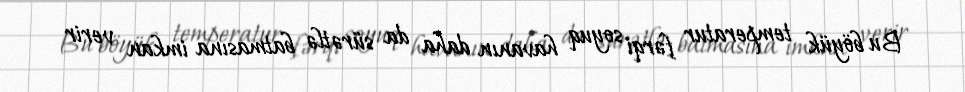
Bu böyük temperatur fərqi soyuq havanın daha da sürətlə batmasına imkan verir